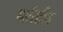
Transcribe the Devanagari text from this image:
पर्लस्टीन